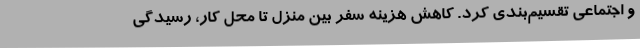
و اجتماعی تقسیم‌بندی کرد. کاهش هزینه سفر بین منزل تا محل کار، رسیدگی